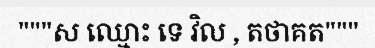
"""ស ឈ្មោះ ទេ វិល , តថាគត"""